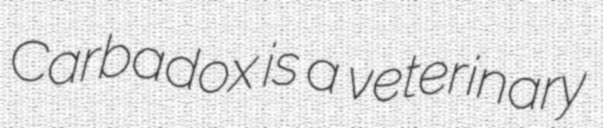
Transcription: Carbadox is a veterinary